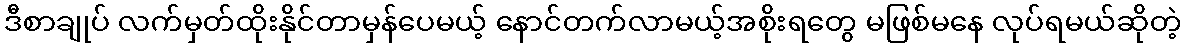
ဒီစာချုပ် လက်မှတ်ထိုးနိုင်တာမှန်ပေမယ့် နောင်တက်လာမယ့်အစိုးရတွေ မဖြစ်မနေ လုပ်ရမယ်ဆိုတဲ့